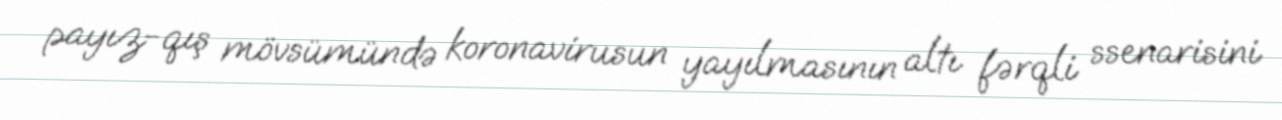
payız-qış mövsümündə koronavirusun yayılmasının altı fərqli ssenarisini